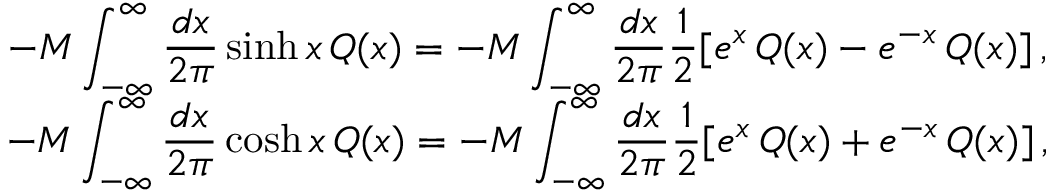
\begin{array} { c } { { \displaystyle - { \cal M } \displaystyle \int _ { - \infty } ^ { \infty } \displaystyle \frac { d x } { 2 \pi } \sinh x \, { \cal Q } ( x ) = - { \cal M } \displaystyle \int _ { - \infty } ^ { \infty } \displaystyle \frac { d x } { 2 \pi } \displaystyle \frac { 1 } { 2 } [ e ^ { x } \, { \cal Q } ( x ) - e ^ { - x } \, { \cal Q } ( x ) ] \, , } } \\ { { - { \cal M } \displaystyle \int _ { - \infty } ^ { \infty } \displaystyle \frac { d x } { 2 \pi } \cosh x \, { \cal Q } ( x ) = - { \cal M } \displaystyle \int _ { - \infty } ^ { \infty } \displaystyle \frac { d x } { 2 \pi } \displaystyle \frac { 1 } { 2 } [ e ^ { x } \, { \cal Q } ( x ) + e ^ { - x } \, { \cal Q } ( x ) ] \, , } } \end{array}